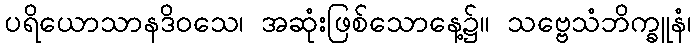
ပရိယောသာနဒိဝသေ၊ အဆုံးဖြစ်သောနေ့၌။ သဗ္ဗေသံဘိက္ခူနံ၊